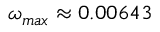
\omega _ { m a x } \approx 0 . 0 0 6 4 3